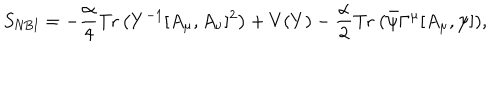
S _ { \mathrm { N B I } } = - \frac { \alpha } { 4 } \mathrm { T r } \left( Y ^ { - 1 } [ A _ { \mu } , A _ { \nu } ] ^ { 2 } \right) + V ( Y ) - \frac { \alpha } { 2 } \mathrm { T r } ~ ( \bar { \psi } \Gamma ^ { \mu } [ A _ { \mu } , \psi ] ) ,